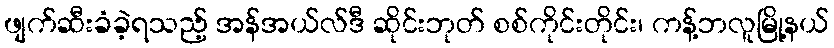
ဖျက်ဆီးခံခဲ့ရသည့် အန်အယ်လ်ဒီ ဆိုင်းဘုတ် စစ်ကိုင်းတိုင်း၊ ကန့်ဘလူမြို့နယ်